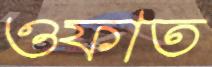
ওফাত